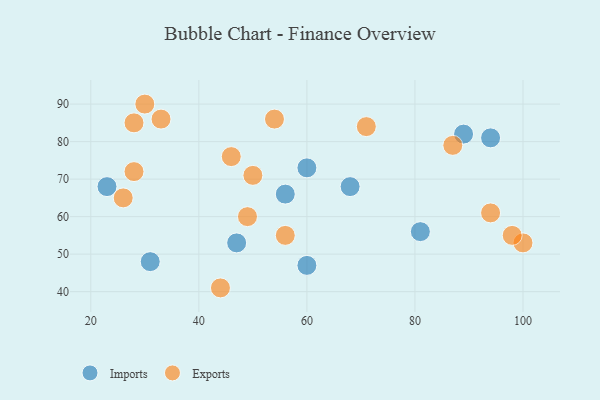
{"axis": {"x": "GDP", "y": "Life Expectancy"}, "legend": ["Exports", "Imports"], "data": [{"x": "23", "y": 68, "type": "Imports"}, {"x": "89", "y": 82, "type": "Imports"}, {"x": "47", "y": 53, "type": "Imports"}, {"x": "81", "y": 56, "type": "Imports"}, {"x": "60", "y": 73, "type": "Imports"}, {"x": "68", "y": 68, "type": "Imports"}, {"x": "56", "y": 66, "type": "Imports"}, {"x": "60", "y": 47, "type": "Imports"}, {"x": "94", "y": 81, "type": "Imports"}, {"x": "31", "y": 48, "type": "Imports"}, {"x": "28", "y": 85, "type": "Exports"}, {"x": "46", "y": 76, "type": "Exports"}, {"x": "28", "y": 72, "type": "Exports"}, {"x": "100", "y": 53, "type": "Exports"}, {"x": "26", "y": 65, "type": "Exports"}, {"x": "54", "y": 86, "type": "Exports"}, {"x": "87", "y": 79, "type": "Exports"}, {"x": "33", "y": 86, "type": "Exports"}, {"x": "30", "y": 90, "type": "Exports"}, {"x": "56", "y": 55, "type": "Exports"}, {"x": "71", "y": 84, "type": "Exports"}, {"x": "94", "y": 61, "type": "Exports"}, {"x": "44", "y": 41, "type": "Exports"}, {"x": "50", "y": 71, "type": "Exports"}, {"x": "49", "y": 60, "type": "Exports"}, {"x": "98", "y": 55, "type": "Exports"}]}